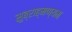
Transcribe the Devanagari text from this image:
सुब्राह्मण्यम